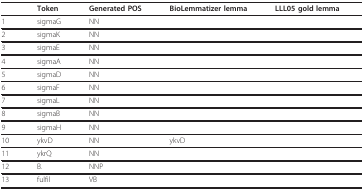
<table><thead><tr><td>[EMPTY_CELL]</td><td><b>Token</b></td><td><b>Generated POS</b></td><td><b>BioLemmatizer lemma</b></td><td><b>LLL05 gold lemma</b></td></tr></thead><tbody><tr><td>1</td><td>sigmaG</td><td>NN</td><td>[EMPTY_CELL]</td><td>[EMPTY_CELL]</td></tr><tr><td>2</td><td>sigmaK</td><td>NN</td><td>[EMPTY_CELL]</td><td>[EMPTY_CELL]</td></tr><tr><td>3</td><td>sigmaE</td><td>NN</td><td>[EMPTY_CELL]</td><td>[EMPTY_CELL]</td></tr><tr><td>4</td><td>sigmaA</td><td>NN</td><td>[EMPTY_CELL]</td><td>[EMPTY_CELL]</td></tr><tr><td>5</td><td>sigmaD</td><td>NN</td><td>[EMPTY_CELL]</td><td>[EMPTY_CELL]</td></tr><tr><td>6</td><td>sigmaF</td><td>NN</td><td>[EMPTY_CELL]</td><td>[EMPTY_CELL]</td></tr><tr><td>7</td><td>sigmaL</td><td>NN</td><td>[EMPTY_CELL]</td><td>[EMPTY_CELL]</td></tr><tr><td>8</td><td>sigmaB</td><td>NN</td><td>[EMPTY_CELL]</td><td>[EMPTY_CELL]</td></tr><tr><td>9</td><td>sigmaH</td><td>NN</td><td>[EMPTY_CELL]</td><td>[EMPTY_CELL]</td></tr><tr><td>10</td><td>ykvD</td><td>NN</td><td>ykvD</td><td>[EMPTY_CELL]</td></tr><tr><td>11</td><td>ykrQ</td><td>NN</td><td>[EMPTY_CELL]</td><td>[EMPTY_CELL]</td></tr><tr><td>12</td><td>B.</td><td>NNP</td><td>[EMPTY_CELL]</td><td>[EMPTY_CELL]</td></tr><tr><td>13</td><td>fulfil</td><td>VB</td><td>[EMPTY_CELL]</td><td>[EMPTY_CELL]</td></tr></tbody></table>